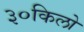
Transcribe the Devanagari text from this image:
३०किलो